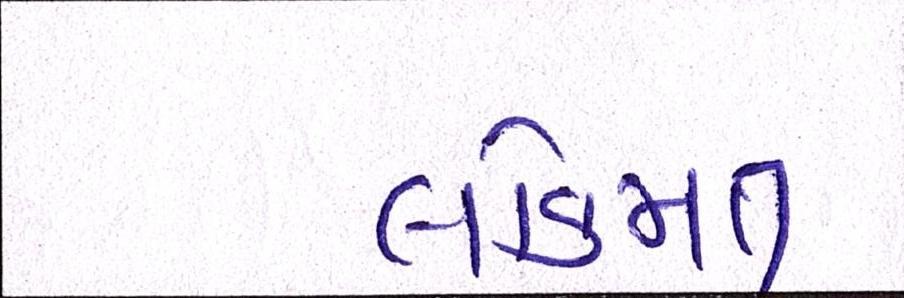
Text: લોકમત